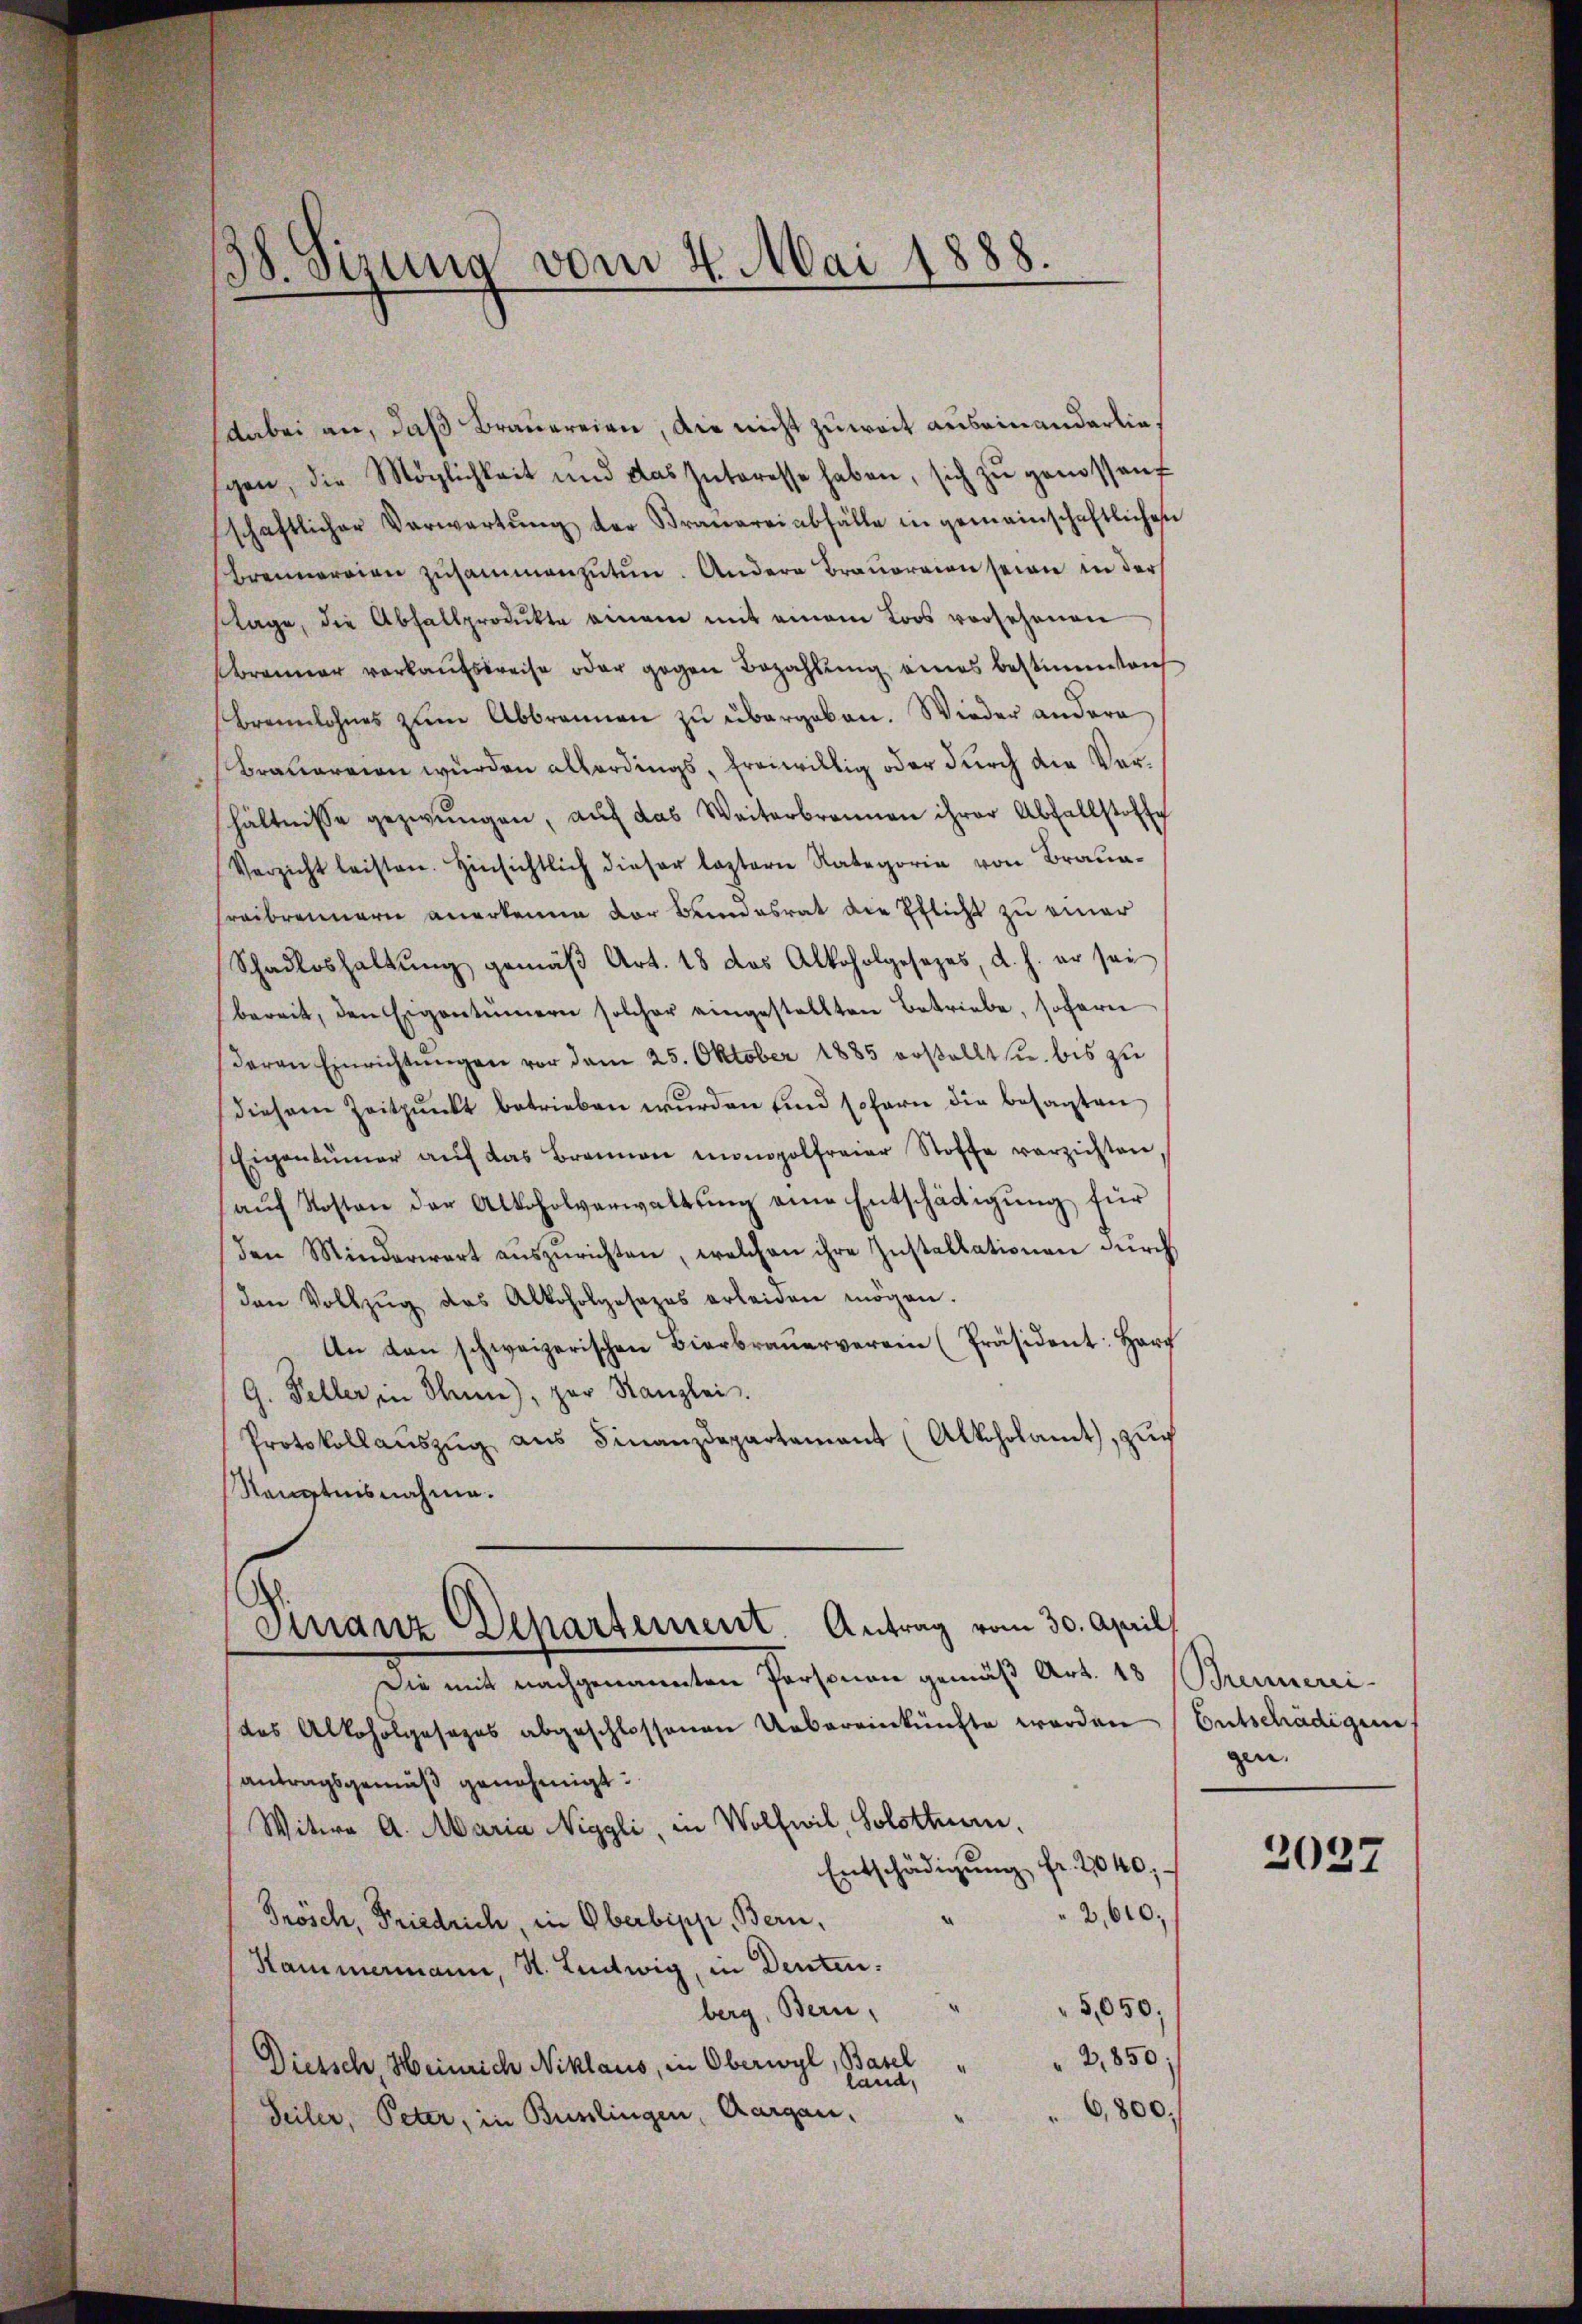
38. Sizung vom 4. Mai 1888.

dabei an, daß Brauereien, die nicht zuweit auseinanderlielgen, die Möglichkeit und das Interesse haben, sich zŭ genossen
schaftlicher Verwartŭng der Braŭerei abfälle in gemeinschaftlichen
Brennereien zusammenzutun. Andere Brauereien seien in der
slage, die Abfallprodukte einem mit einem Loos versehenen
Brenner verkaufspreise oder gegen Bezahlung eines bestimmtei
Brennlohnes zum Abbrennen zu übergeben. Wieder andere
Brauarrien wurden allerdings, freiwillig oder durch die Verhältnisse gezwungen, auf das Weiterbrennen ihrer Abfallstoffe
Verzicht leisten. Hinsichtlich dieser leztern Rategorie von Braun-
Freibrennern anerkenne der Bundesrat die Pflicht zu einer
Schadloshaltŭng gemäβ Art. 18 das Alkoholgesezes, d. h. er sei
bereit, den Eigentümern solcher eingestellten Betriebe, sofern
daran Einrichtŭngen vor dem 25. Oktober 1885 erstellt sie bis zu
diesem Zeitpŭnkt betrieben wŭrden und sofern die besagten
Eigentümer aŭf das Brannen monopolfreier Stoffe verzichten
aŭf Kosten der Alkoholverwaltŭng eine Entschädigung für
den Minderwart aŭszŭrichten, welchen ihre Installationen durch
den Vollzŭg das Alkoholgosazes erleiden mögen.
An den schweizerischen Bierbrauerverein (Präsident: Harf
G. Feller in Thun), zur Kanzlei.
Protokollaŭszŭg aŭs Finanzdepartamant (Alkoholamt, zŭr
Nänntnisnahme.
Finanz Departement Antrag vom 30. April
Die mit nachgenannten Personen gemäß Art. 18 (Brennerei
das Alkoholgesages abgeschlossenen Uebereinkünfte werden (Entschädigun
antragsgemäß genehmigt.
Witwe A. Maria Niggli, in Wolfwil, Solothurn,
Entschädigŭng fr. 2040;
2,610;
Frösch, Friedrich, in Oberbipp, Bern,
Kammermann, St. Ludwig, in Deuten:
5,050;
berg, Bern,
2,850;
Dietsch, Heinrich Niklaus, in Oberwyl, Basel
land,
6,800.
Teiler, Peter, in Burlingen, Aargau.

gen.

2037